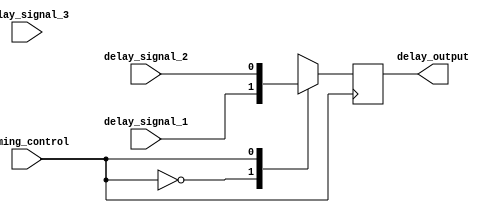
module Multiplexer_Delay(
    input wire timing_control,
    input wire delay_signal_1,
    input wire delay_signal_2,
    input wire delay_signal_3,
    output reg delay_output
);

always @(posedge timing_control) begin
    case(timing_control)
        2'b00: delay_output <= delay_signal_1;
        2'b01: delay_output <= delay_signal_2;
        2'b10: delay_output <= delay_signal_3;
        default: delay_output <= delay_signal_1;
    endcase
end

endmodule